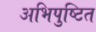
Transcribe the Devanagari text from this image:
अभिपुष्टित